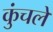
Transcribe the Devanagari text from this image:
कुंचले